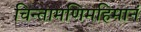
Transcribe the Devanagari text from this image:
चिन्तामणिमहिमानं